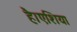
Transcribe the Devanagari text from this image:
है।एशिया